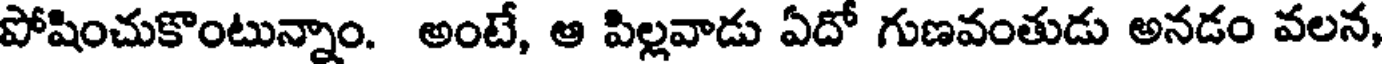
పోషించుకొంటున్నాం. అంటే, ఆ పిల్లవాడు ఏదో గుణవంతుడు అనడం వలన,